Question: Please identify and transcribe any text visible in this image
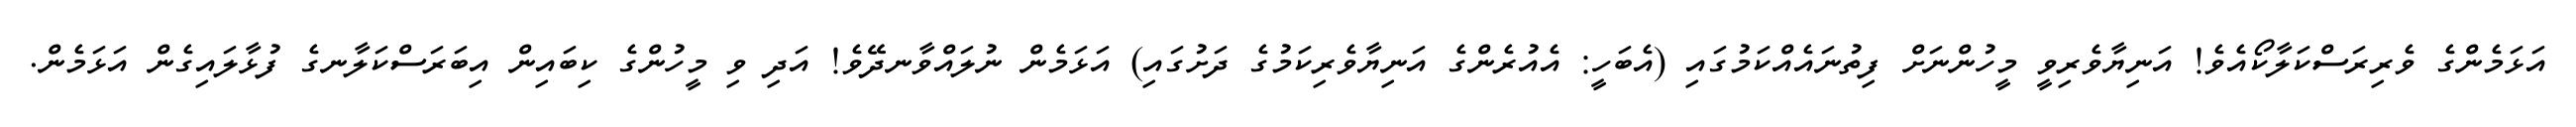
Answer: އަޅަމެންގެ ވެރިރަސްކަލާކޯއެވެ! އަނިޔާވެރިވީ މީހުންނަށް ފިތުނައެއްކަމުގައި (އެބަހީ: އެއުރެންގެ އަނިޔާވެރިކަމުގެ ދަށުގައި) އަޅަމެން ނުލައްވާނދޭވެ! އަދި ވި މީހުންގެ ކިބައިން އިބަރަސްކަލާނގެ ފުޅާލައިގެން އަޅަމެން.